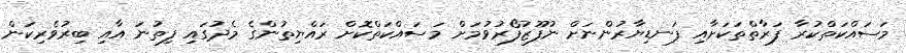
މަސައްކަތްކުރާ ފަރާތްތަކަށާއި ފަނޑިޔާރުންނަށް ނުފޫޒުފޯރުވުމަށް މަސައްކަތްކޮށް ރައްޔިތުންގެ މެދުގައި ފިތުނަ އާއި ބިރުވެރިކަން